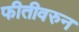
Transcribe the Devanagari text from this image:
फीतीवरुन